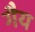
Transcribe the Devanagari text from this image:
गैय